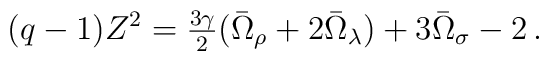
(q-1)Z^2 = \textstyle{{3\gamma}\over2}(\bar{\Omega}_\rho+2\bar{\Omega}_\lambda)+3\bar{\Omega}_\sigma-2 \,.